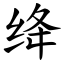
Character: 绛